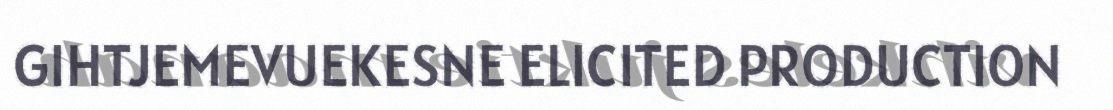
GIHTJEMEVUEKESNE ELICITED PRODUCTION